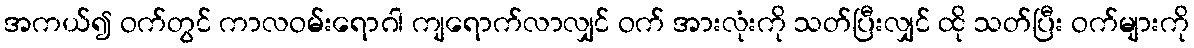
အကယ်၍ ဝက်တွင် ကာလဝမ်းရောဂါ ကျရောက်လာလျှင် ဝက် အားလုံးကို သတ်ပြီးလျှင် ထို သတ်ပြီး ဝက်များကို